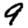
Digit: 9